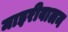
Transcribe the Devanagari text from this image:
माइरीबालन